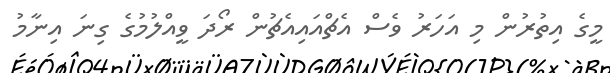
މީގެ އިތުރުން މި އަހަރު ވެސް އެޗްއައިއެޗުން ރޯދަ ވީއްލުމުގެ ގިނަ އިނާމު